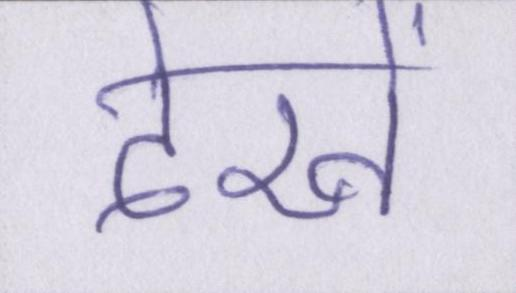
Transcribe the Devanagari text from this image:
देखें